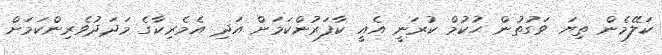
ކަލޭމެން ތިޔަ ވަގުތުން ޙުކުމް ކުރަނީ އެއީ ކާފަރުންކަމަށް އަދި އެމެރިކާގެ މަދަދުވެރިންކަމަށް